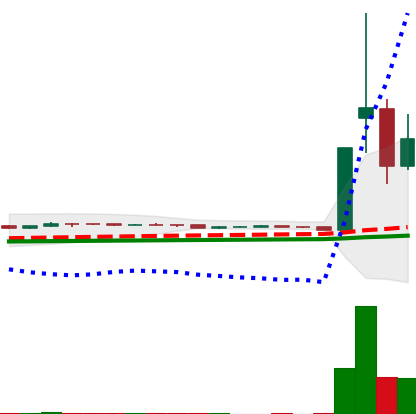
Ticker: DOGE-USD
Chart end date: 2021-01-31
Forward return: 26.183%
Label: up_7plus